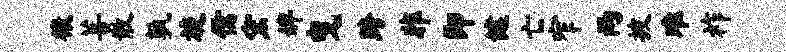
榱菩散孰旋儒宏婢曳跨非即健亡窄两披难祚